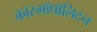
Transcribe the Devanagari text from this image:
कॉस्मॉपॉलिटन